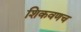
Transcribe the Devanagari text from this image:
शिकवणच